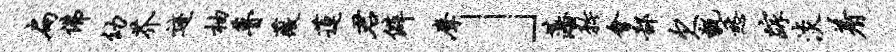
扁佛幼芥迹柚瞢薇莲君僻摩」藩矜会鄙欠甑愁踪淡着